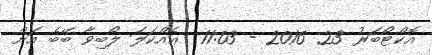
އޮކްޓޯބަރު 23